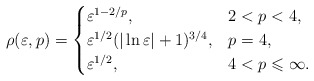
\begin{align*}\rho (\varepsilon ,p)=\begin{cases}\varepsilon ^{1-2/p}, &2<p<4,\\\varepsilon ^{1/2}(\vert \ln \varepsilon \vert +1)^{3/4}, &p=4,\\\varepsilon ^{1/2}, &4<p\leqslant \infty .\end{cases}\end{align*}